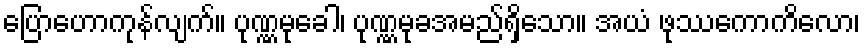
ပြောဟောကုန်လျက်။ ပုဏ္ဏမုခေါ၊ ပုဏ္ဏမုခအမည်ရှိသော။ အယံ ဖုဿကောကိလော၊